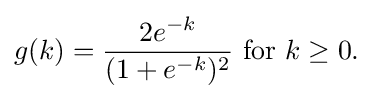
g(k)={\frac {2e^{-k}}{(1+e^{-k})^{2}}}{\text{ for }}k\geq 0.\!